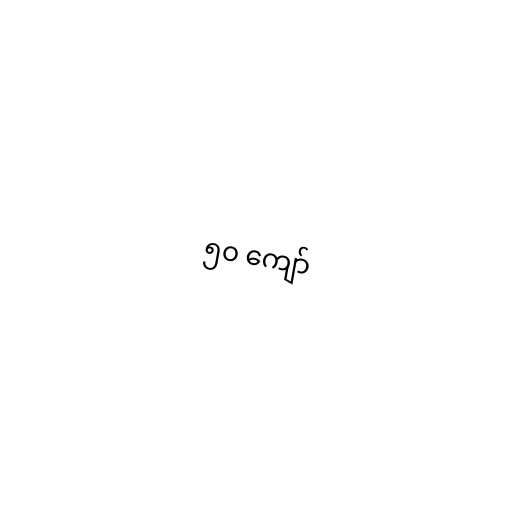
၅၀ ကျော်